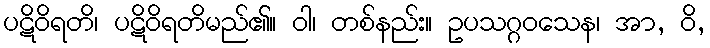
ပဋိဝိရတိ၊ ပဋိဝိရတိမည်၏။ ဝါ၊ တစ်နည်း။ ဥပသဂ္ဂဝသေန၊ အာ, ဝိ,